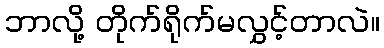
ဘာလို့ တိုက်ရိုက်မလွှင့်တာလဲ။